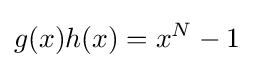
g(x)h(x)=x^{N}-1